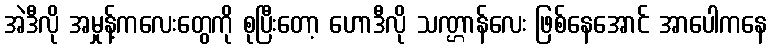
အဲဒီလို အမှုန့်ကလေးတွေကို စုပြီးတော့ ဟောဒီလို သဏ္ဌာန်လေး ဖြစ်နေအောင် အာပေါကနေ